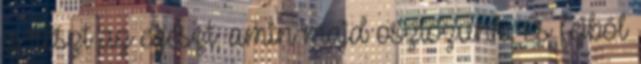
a részt az egészt, amin majd osztozunk. És fejből